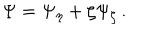
\Psi = \Psi _ { \eta } + \zeta \Psi _ { \zeta } \, .